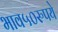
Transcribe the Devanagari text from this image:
भाव५०रुपये